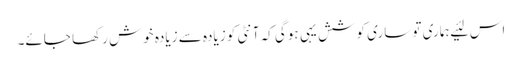
اس لئیے ہماری تو ساری کوشش یہی ہوگی کہ آنٹی کو زیادہ سے زیادہ خوش رکھا جائے۔